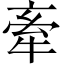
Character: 牽